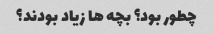
چطور بود؟ بچه ها زیاد بودند؟